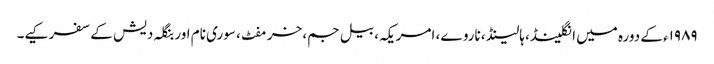
۱۹۸۹ء کے دورہ میں انگلینڈ، ہالینڈ، ناروے، امریکہ، بیل جم، خرمفٹ، سوری نام اور بنگلہ دیش کے سفر کیے۔